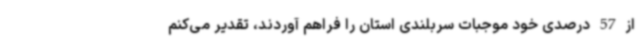
از 57 درصدی خود موجبات سربلندی استان را فراهم آوردند، تقدیر می‌کنم